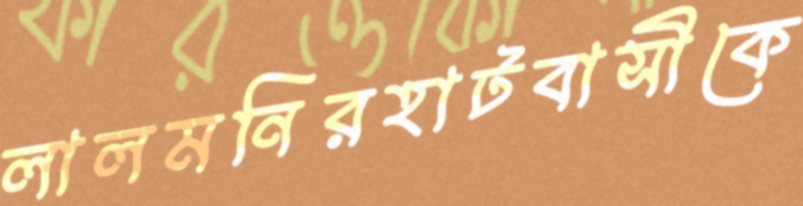
লালমনিরহাটবাসীকে